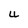
Character: U